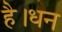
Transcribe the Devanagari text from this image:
है।धन